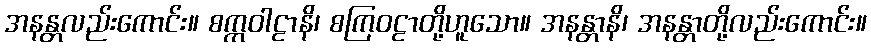
အနန္တလည်းကောင်း။ စက္ကဝါဠာနိ၊ စကြဝဠာတို့ဟူသော။ အနန္တာနိ၊ အနန္တာတို့လည်းကောင်း။